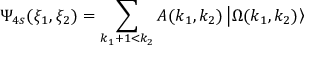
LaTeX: \Psi _ { 4 s } ( \xi _ { 1 } , \xi _ { 2 } ) = \sum _ { k _ { 1 } + 1 < k _ { 2 } } A ( k _ { 1 } , k _ { 2 } ) \left| \Omega ( k _ { 1 } , k _ { 2 } ) \right\rangle